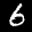
Label: 6